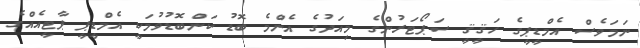
ނަމަވެސް އެމްޑީޕީގެ ހަޤީޤީ ސަޕޯޓަރުންގެ މިއަދުގެ އެންމެ ބޮޑު ކަންބޮޑުވުމަކީ އެމްޑީޕީ ޕާޓީއެއްގެ